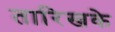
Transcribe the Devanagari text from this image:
तारिखके